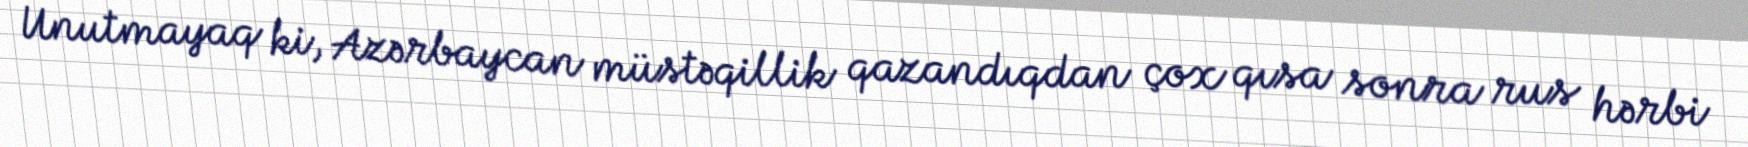
Unutmayaq ki, Azərbaycan müstəqillik qazandıqdan çox qısa sonra rus hərbi